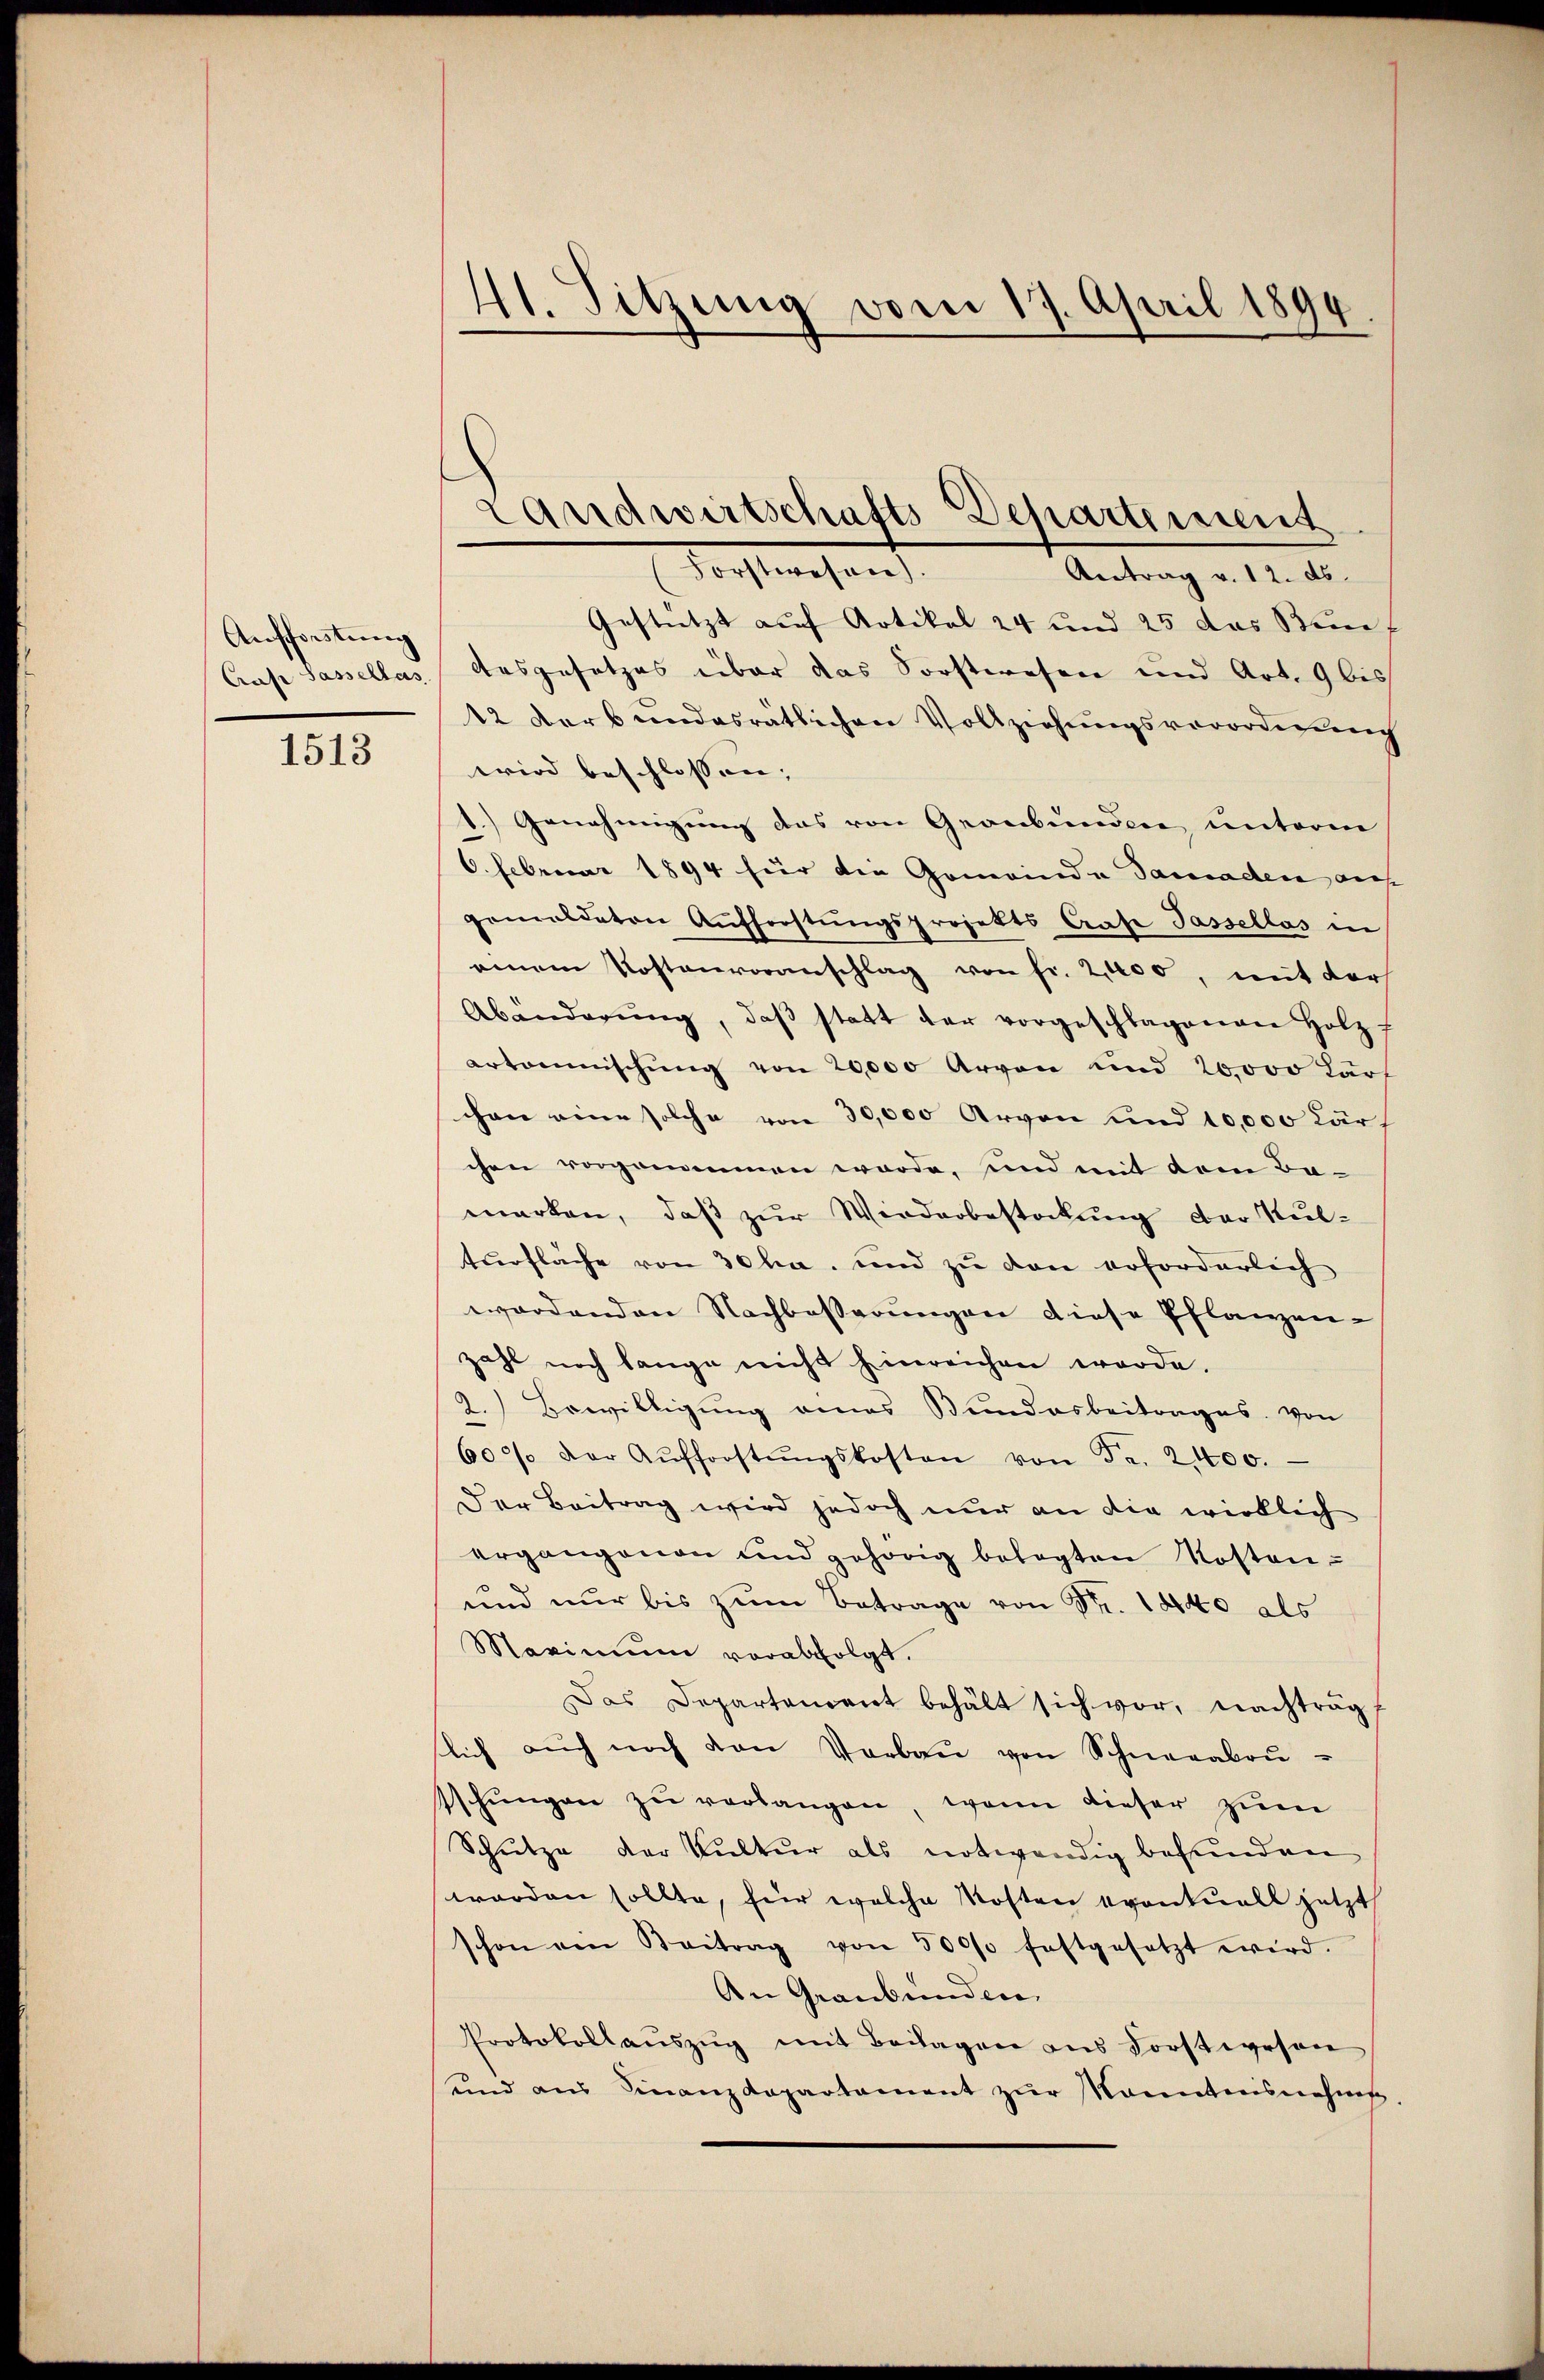
Anschorstung
Crase Sassellas

1513

41. Sitzung vom 17. April 1899

Gestützt auf Artikal 24 und 25 das Senf
Ausgesetzes über das Sorstwesen und Art. 9 bis
12 darbundesratlichen Vollziehungsverordnung
wird beschlossen; |
1.) Genehmigung das von Graubünden, unterm
6. Februar 1894 für die Gemeinde Samaden auf
gemeldeten Aufforstŭngsprojekts Grafe Tassellas in
einem Kostenvoranschlag von fr. 2000, mit der
Abänderŭng, daβ statt der vorgeschlagenen Holz f
ertonischung von 20,000 Arvon und 20000 Kurf
chen eine solche von 30,000 Arvon und 10,000 Kär
chen vorgenommen werde, und mit dem Bamarken, daß zur Wiederbestockung der Kulturfläche von 30 ha, und zu den erforderlich
wordenden Nachbesserungen diese Pflanzen-
zahl noch lange nicht hinreichen werde.
2.) Bewilligung eines Bundesbeitrages. von
600 der Aŭfforstŭngskosten von Fr. 2,000.
Der Beitrag wird jedoch nur an die wirklich
ergangenen und gehörig belegten Kosten-
und nur bis zŭm Betrage von Nr. 1840 als
Maximum verabfolgt.
Das Departement behält sich vor, nachträg
lich aŭch noch den Vorbaŭ von Schneeabeŭ-
sschŭngen zŭ verlangen, wenn dieser zum
Schutze der Kultur als notwendig befunden
worden sollte, für welche Kosten eventuell jetzt
schon am Beitrag von 50000 festgesetzt wird.
An Graubünden
Protokollanszŭg mit Beilagen ans Forstwesen
und aus Finanzdepartament zur Kenntnisnehme

Landwirtschafts-Departement
Forstwesen.
Antrag v. 12. ds.